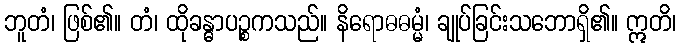
ဘူတံ၊ ဖြစ်၏။ တံ၊ ထိုခန္ဓာပဉ္စကသည်။ နိရောဓဓမ္မံ၊ ချုပ်ခြင်းသဘောရှိ၏။ ဣတိ၊